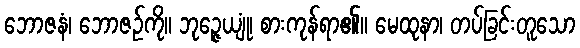
ဘောဇနံ၊ ဘောဇဉ်ကို။ ဘုဉ္ဇေယျုံ၊ စားကုန်ရာ၏။ မေထုနာ၊ တပ်ခြင်းတူသော